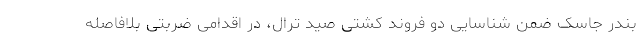
بندر جاسک ضمن شناسایی دو فروند کشتی صید ترال، در اقدامی ضربتی بلافاصله